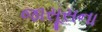
જાસૂસના